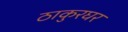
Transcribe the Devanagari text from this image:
ठाकुरघर